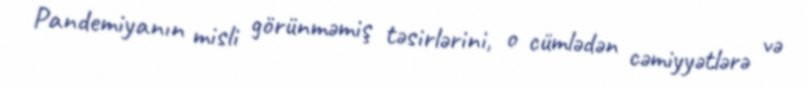
Pandemiyanın misli görünməmiş təsirlərini, o cümlədən cəmiyyətlərə və